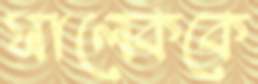
সালেককে